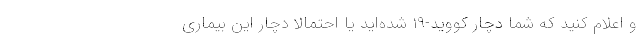
و اعلام کنید که شما دچار کووید-۱۹ شده‌اید یا احتمالاً دچار این بیماری